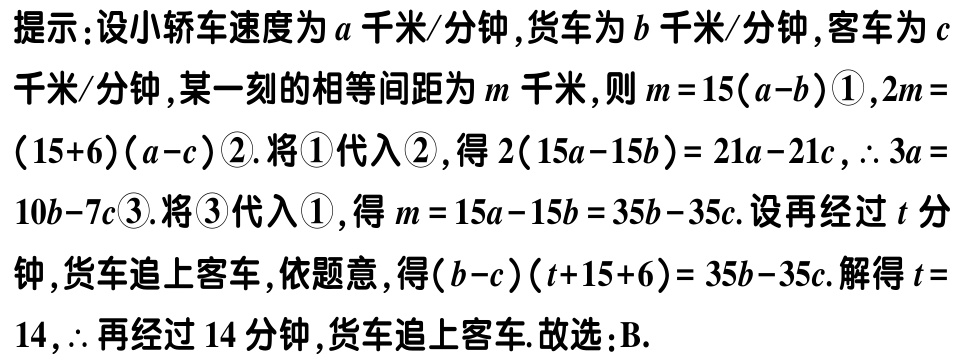
提示：设小轿车速度为\(a\)千米/分钟,货车为\(b\)千米/分钟,客车为\(c\)千米/分钟,某一刻的相等间距为\(m\)千米,则\(m = 15(a - b)\)\textcircled{1},\(2m=(15 + 6)(a - c)\)\textcircled{2}. 将\textcircled{1}代入\textcircled{2}, 得\(2(15a - 15b)=21a - 21c\), \(\therefore 3a = 10b - 7c\)\textcircled{3}. 将\textcircled{3}代入\textcircled{1},得\(m = 15a - 15b = 35b - 35c\). 设再经过\(t\)分钟,货车追上客车,依题意,得\((b - c)(t + 15 + 6)=35b - 35c\). 解得\(t = 14\), \(\therefore\)再经过\(14\)分钟,货车追上客车. 故选：B.